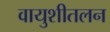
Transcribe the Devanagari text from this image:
वायुशीतलन